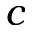
c